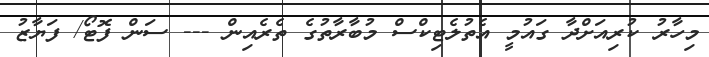
މިހާރު ކުރިއަށްދާ ގައުމީ އެތުލެޓިކްސް މުބާރާތުގެ ތެރެއިން --- ސަން ފޮޓޯ/ ފަޔާޒު